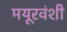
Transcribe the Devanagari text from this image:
मयूरवंशी